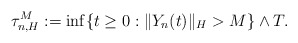
\begin{align*}\tau_{n,H}^M := \inf\{t\geq 0: \Vert Y_n(t)\Vert_H >M \}\wedge T .\end{align*}